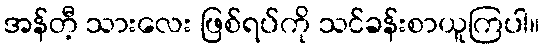
အန်တီ့ သားလေး ဖြစ်ရပ်ကို သင်ခန်းစာယူကြပါ။